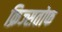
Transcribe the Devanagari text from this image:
क्रिज्सतोफ